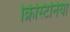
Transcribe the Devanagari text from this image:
क्रिस्टिनिया